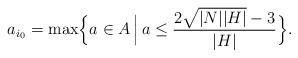
LaTeX: \begin{align*} a_{i_0}=\max\Bigl\{a\in A\,\Bigl|\,a\le\frac{2\sqrt{|N||H|}-3}{|H|}\Bigr\}.\end{align*}